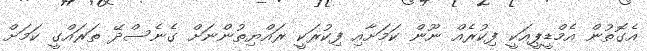
އެގޮތުން އެމްޑީޕީއަކީ ފިކުރެއް ނޫން ކަމަށާއި ފިކުރަކީ ރައްޔިތުންނަށް ގެނެސްދޭ ތަރައްގީ ކަމަށް